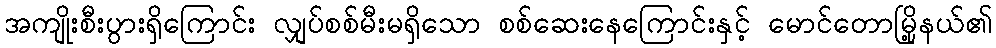
အကျိုးစီးပွားရှိကြောင်း လျှပ်စစ်မီးမရှိသော စစ်ဆေးနေကြောင်းနှင့် မောင်တောမြို့နယ်၏